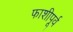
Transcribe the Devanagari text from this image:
फाशीपूर्व